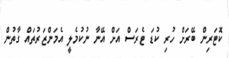
ކޮޓަރިން ބޭރަށް ހުރި ކުޑަ ޓެރަސް އަށް އޭނާ ނުކުމެލީ އެމަންޒަރުތައް ގާތުން